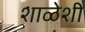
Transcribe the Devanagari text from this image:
शाळेशी